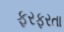
ફરફરતા